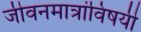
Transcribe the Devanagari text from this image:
जीवनमात्रांविषयी